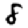
Digit: 8